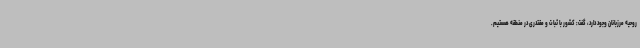
روحیه مرزبانان وجود دارد، گفت: کشور با ثبات و مقتدری در منطقه هستیم.